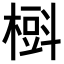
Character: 𣙞